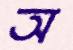
অ